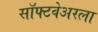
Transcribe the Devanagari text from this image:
सॉफ्टवेअरला